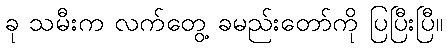
ခု သမီးက လက်တွေ့ ခမည်းတော်ကို ပြပြီးပြီ။